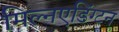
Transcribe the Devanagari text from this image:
मिल्नएडिंग्टन